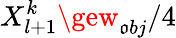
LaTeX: X_{l+1}^{k}\gew_{\mathfrak{o}bj}/4